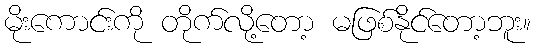
မိုးကောင်းကို တိုက်လို့တော့ မဖြစ်နိုင်တော့ဘူး။